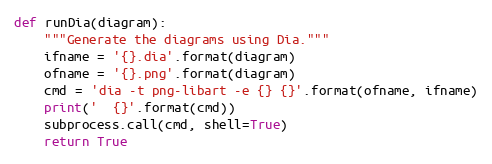
Language: Python
def runDia(diagram):
    """Generate the diagrams using Dia."""
    ifname = '{}.dia'.format(diagram)
    ofname = '{}.png'.format(diagram)
    cmd = 'dia -t png-libart -e {} {}'.format(ofname, ifname)
    print('  {}'.format(cmd))
    subprocess.call(cmd, shell=True)
    return True